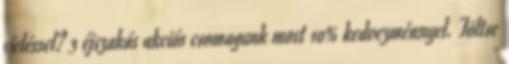
síeléssel? 3 éjszakás akciós csomagunk most 10% kedvezménnyel. Töltse